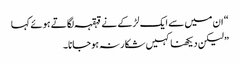
“ ان میں سے ایک لڑکے نے قہقہہ لگاتے ہوئے کہا
” لیکن دیکھنا کہیں شکار نہ ہوجانا۔